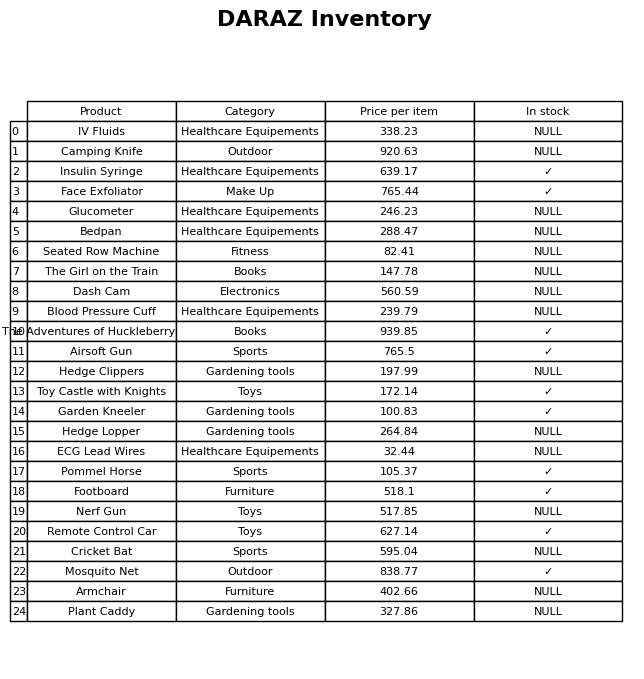
question: What is the price for The Girl on the Train?
answer: The price of The Girl on the Train is 147.78.